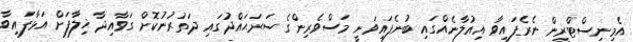
އެމިނިސްޓްރީން ނެރެފައިވާ އިއުލާނެއްގައި ބުނެފައިވަނީ މަސްވެރިންގެ ސަރަޙައްދުގައި ދަތުރުނުކޮށް ގަވާއިދާ ޚިލާފަށް އަޅާފައިވާ